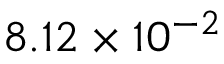
8 . 1 2 \times 1 0 ^ { - 2 }